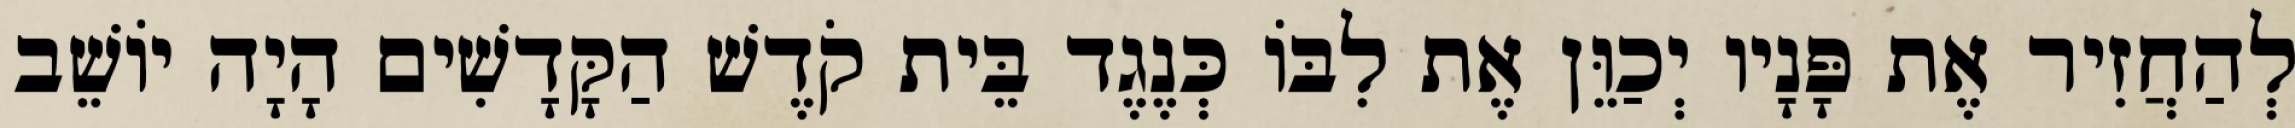
לְהַחֲזִיר אֶת פָּנָיו יְכַוֵּן אֶת לִבּוֹ כְּנֶגֶד בֵּית קֹדֶשׁ הַקָּדָשִׁים הָיָה יוֹשֵׁב